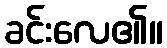
ခင်းလေ၏။